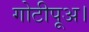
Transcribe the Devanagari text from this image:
गोटीपूअ।